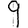
Digit: 9